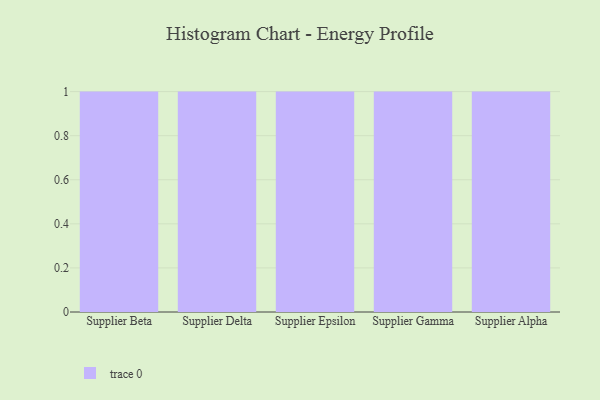
{"axis": {"x": "Supplier", "y": "Revenue (USD Million)"}, "legend": [""], "data": [{"x": "Supplier Beta", "y": 10, "type": ""}, {"x": "Supplier Delta", "y": 77, "type": ""}, {"x": "Supplier Epsilon", "y": 30, "type": ""}, {"x": "Supplier Gamma", "y": 50, "type": ""}, {"x": "Supplier Alpha", "y": 4, "type": ""}]}